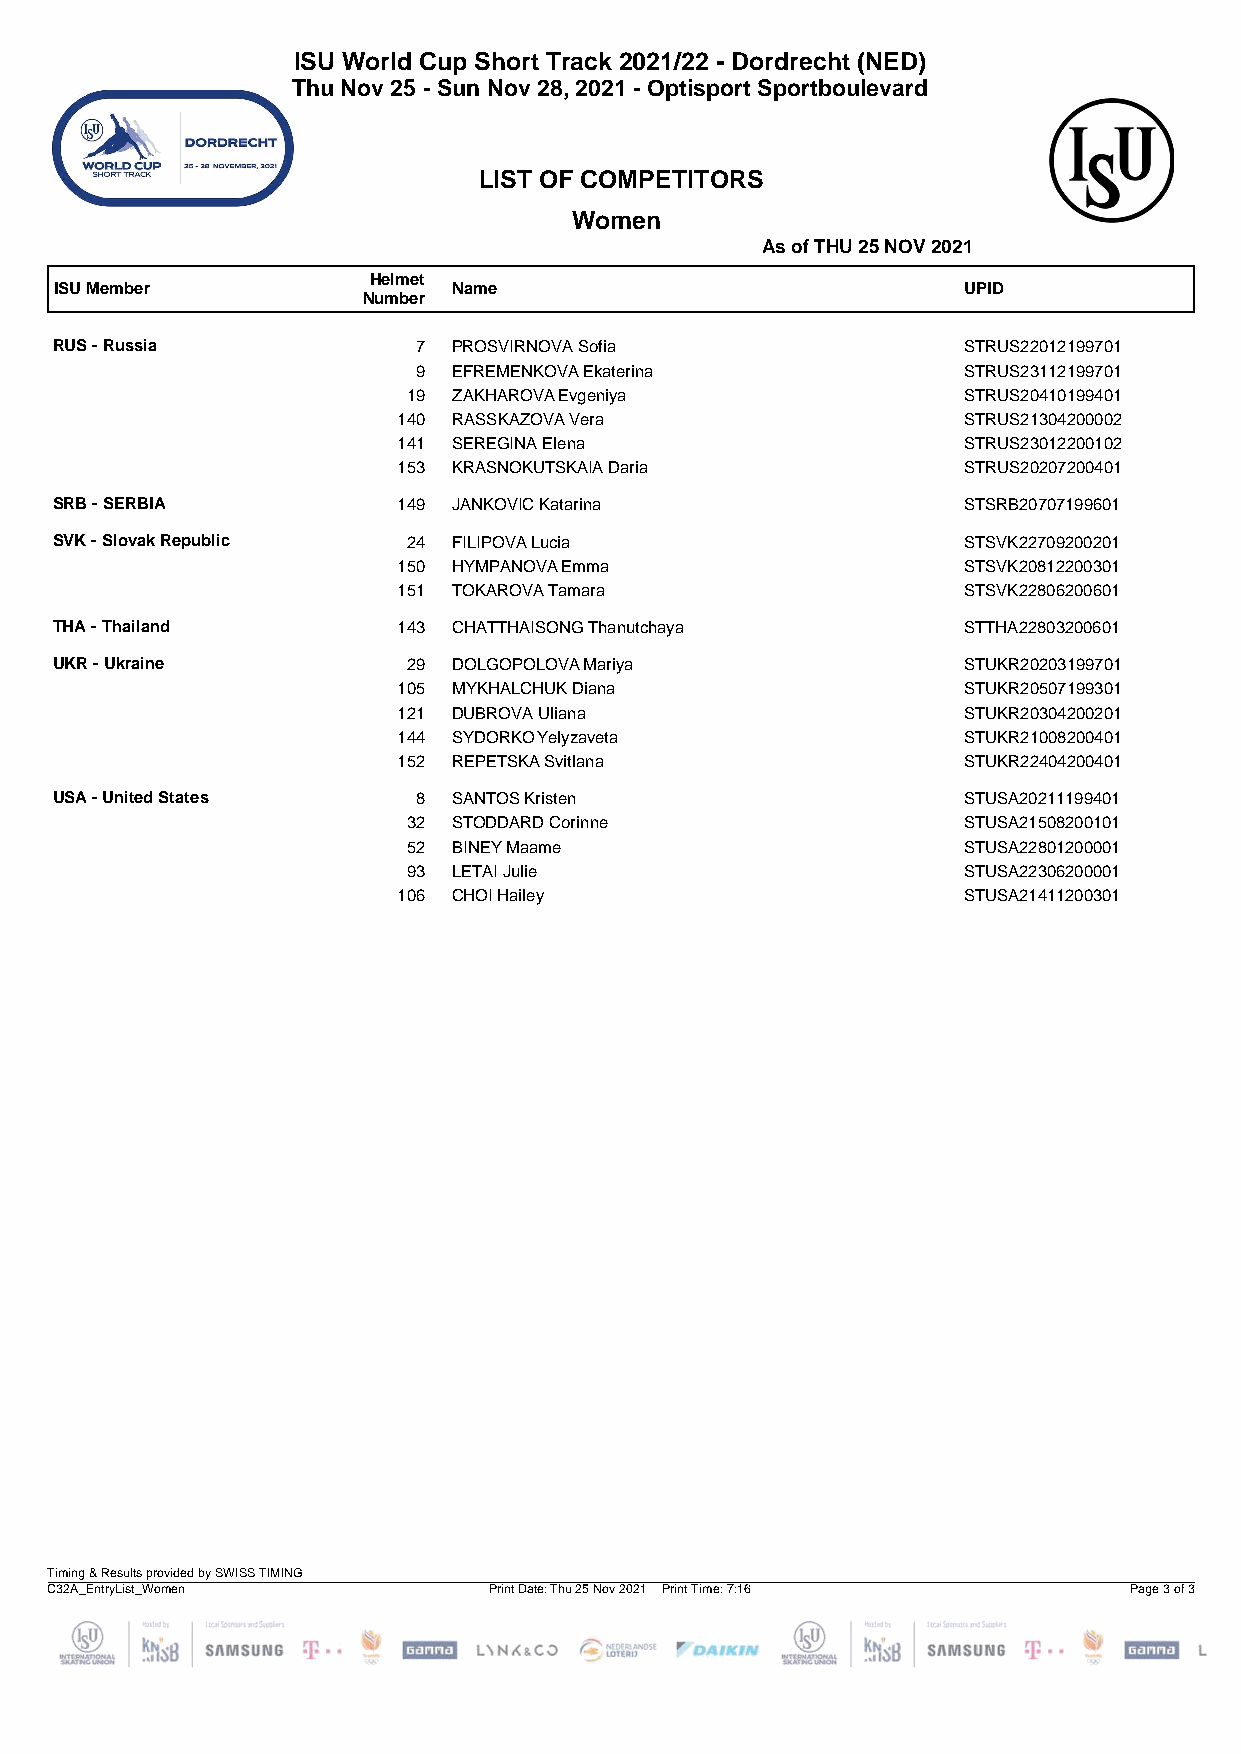
ISU World Cup Short Track 2021/22 - Dordrecht (NED)
 Thu Nov 25 - Sun Nov 28, 2021 - Optisport Sportboulevard
 LIST OF COMPETITORS
 Women
 As of THU 25 NOV 2021
 Helmet
 ISU Member                Name                              UPID
 Number
 RUS - Russia            7 PROSVIRNOVA Sofia                 STRUS22012199701
 9 EFREMENKOVA Ekaterina             STRUS23112199701
 19 ZAKHAROVA Evgeniya                STRUS20410199401
 140 RASSKAZOVA Vera                   STRUS21304200002
 141 SEREGINA Elena                    STRUS23012200102
 153 KRASNOKUTSKAIA Daria              STRUS20207200401
 SRB - SERBIA          149 JANKOVIC Katarina                 STSRB20707199601
 SVK - Slovak Republic  24 FILIPOVA Lucia                    STSVK22709200201
 150 HYMPANOVA Emma                    STSVK20812200301
 151 TOKAROVA Tamara                   STSVK22806200601
 THA - Thailand        143 CHATTHAISONG Thanutchaya          STTHA22803200601
 UKR - Ukraine          29 DOLGOPOLOVA Mariya                STUKR20203199701
 105 MYKHALCHUK Diana                  STUKR20507199301
 121 DUBROVA Uliana                    STUKR20304200201
 144 SYDORKO Yelyzaveta                STUKR21008200401
 152 REPETSKA Svitlana                 STUKR22404200401
 USA - United States     8 SANTOS Kristen                    STUSA20211199401
 32 STODDARD Corinne                  STUSA21508200101
 52 BINEY Maame                       STUSA22801200001
 93 LETAI Julie                       STUSA22306200001
 106 CHOI Hailey                       STUSA21411200301
 Timing & Results provided by SWISS TIMING
 C32A_EntryList_Women         Print Date: Thu 25 Nov 2021 Print Time: 7:16 Page 3 of 3